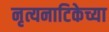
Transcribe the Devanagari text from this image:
नृत्यनाटिकेच्या